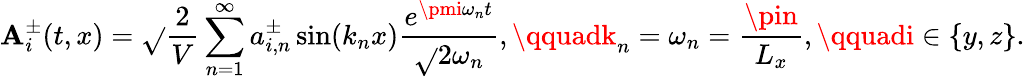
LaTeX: \mathbf{A}_{i}^{\pm}(t,x)=\sqrt{}{{\frac{{2}}{{V}}}}\sum_{n=1}^{\infty}a_{i,n}^{\pm}\sin(k_{n}x)\frac{{e^{\pmi\omega_{n}t}}}{{\sqrt{}{{2\omega_{n}}}}},\qquadk_{n}=\omega_{n}=\frac{{\pin}}{{L_{x}}},\qquadi\in\{ y,z\} .